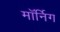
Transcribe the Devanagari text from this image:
मॉर्निग